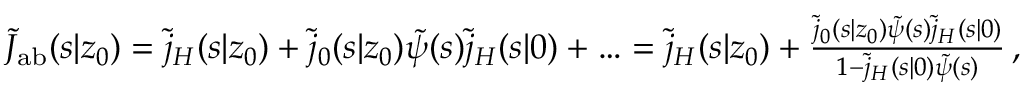
\begin{array} { r } { \tilde { J } _ { \mathrm { { a b } } } ( s | z _ { 0 } ) = \tilde { j } _ { H } ( s | z _ { 0 } ) + \tilde { j } _ { 0 } ( s | z _ { 0 } ) \tilde { \psi } ( s ) \tilde { j } _ { H } ( s | 0 ) + \ldots = \tilde { j } _ { H } ( s | z _ { 0 } ) + \frac { \tilde { j } _ { 0 } ( s | z _ { 0 } ) \tilde { \psi } ( s ) \tilde { j } _ { H } ( s | 0 ) } { 1 - \tilde { j } _ { H } ( s | 0 ) \tilde { \psi } ( s ) } \, , } \end{array}